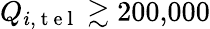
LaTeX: Q_{i,\mathrm{~t~e~l~}}\gtrsim 200{,}000